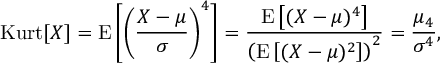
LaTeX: \operatorname { K u r t } [ X ] = \operatorname { E } \left[ \left( { \frac { X - \mu } { \sigma } } \right) ^ { 4 } \right] = { \frac { \operatorname { E } \left[ ( X - \mu ) ^ { 4 } \right] } { \left( \operatorname { E } \left[ ( X - \mu ) ^ { 2 } \right] \right) ^ { 2 } } } = { \frac { \mu _ { 4 } } { \sigma ^ { 4 } } } ,